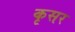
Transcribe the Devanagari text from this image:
कृसर